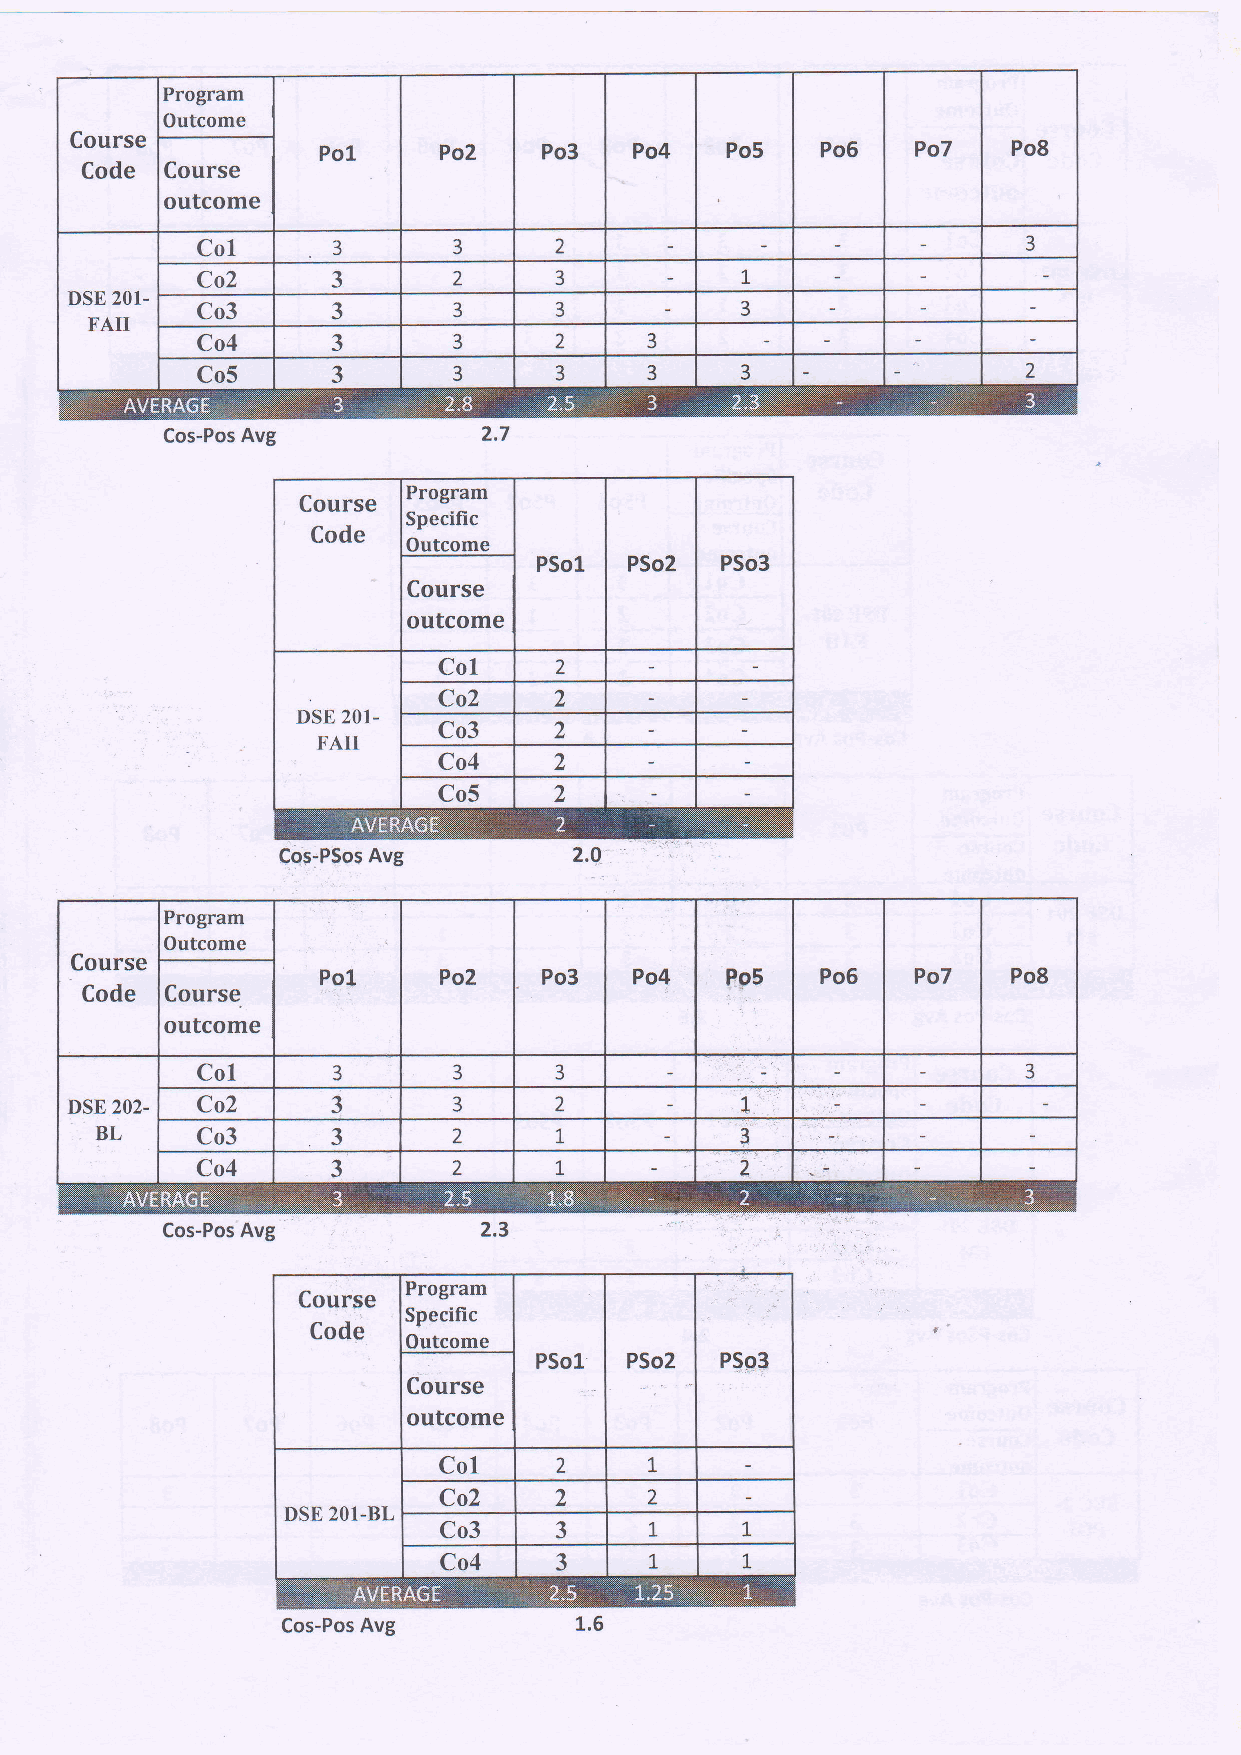
Program
 Outcome
 Course
 Po1     Po2    Po3   Po4   Po5   PoG    Po7   Po8
 Code  Course
 outcome
 Co1      3       3      2                              3
 t
 Co2      3       2      3
 DSE 201-
 Co3      3       3      3           3
 FAII
 -
 Co4      J       3      2     3
 Co5      3       3      3     3     3                  2
 Cos-Pos Avg          2.7
 Program
 Course
 Specific
 Code
 Outcome
 PSol  PSo2  PSo3
 Course
 outcome
 Co1     2
 )
 Co2
 DSE 201-         )
 Co3
 FAII
 )
 Co4
 Co5     7
 Cos-PSos Avg       2.0. "
 Program
 Outcome
 Course
 Po1,    Po2    Po3   Po4   Pp5   Po6    Po7   Po8
 Code  Course.   '.i,
 outcome
 CoL      3       3      3                              3
 DSE 202. Co2     3       3      z           1
 BL     Co3      3       2      t           3
 t
 Co4      3       2                  2
 Cos-Pos Avg
 Program
 Specific
 Outcome
 DSE 201-BL
 Cos-Pos Avg